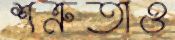
শত্রুতাও